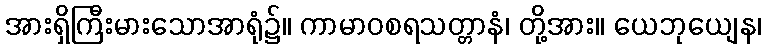
အားရှိကြီးမားသောအာရုံ၌။ ကာမာဝစရသတ္တာနံ၊ တို့အား။ ယေဘုယျေန၊